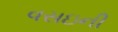
વસઇની